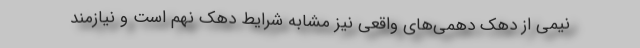
نیمی از دهک دهمی‌های واقعی نیز مشابه شرایط دهک نهم است و نیازمند